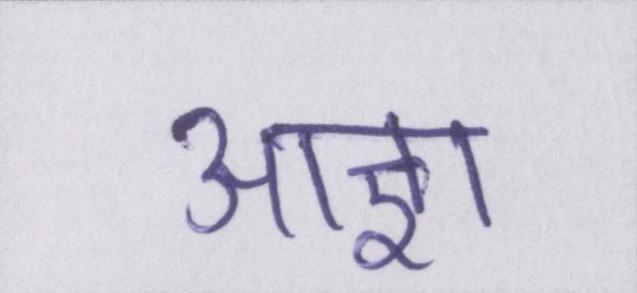
आज्ञा